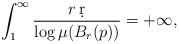
LaTeX: \begin{align*}\int_1^{\infty}\frac{r\,\d r}{\log \mu(B_r(p))}=+\infty,\end{align*}